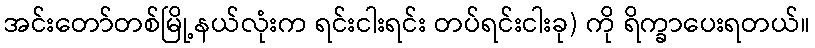
အင်းတော်တစ်မြို့နယ်လုံးက ရင်းငါးရင်း တပ်ရင်းငါးခု) ကို ရိက္ခာပေးရတယ်။